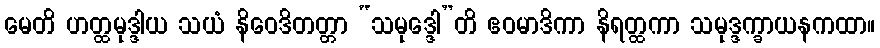
မေတိ ဟတ္ထမုဒ္ဒါယ သယံ နိဝေဒိတတ္တာ “သမုဒ္ဒေါ”တိ ဧဝမာဒိကာ နိရတ္ထကာ သမုဒ္ဒက္ခာယနကထာ။